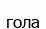
гола